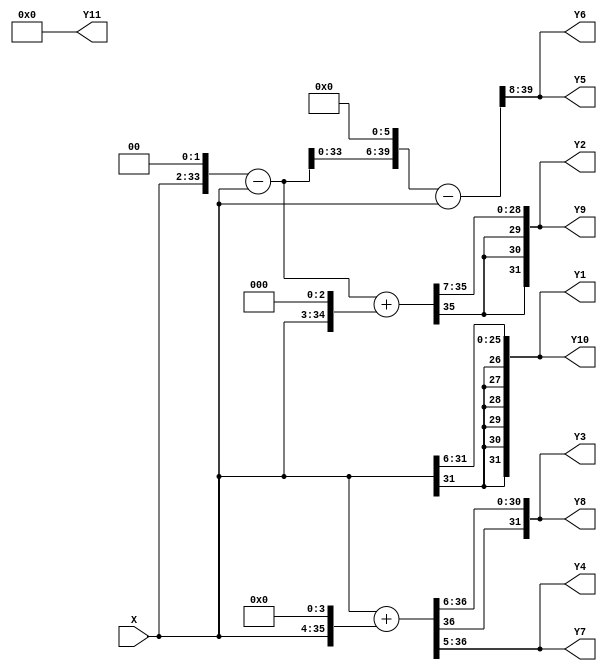
/*------------------------------------------------------------------------------
 * This code was generated by Spiral IIR Filter Generator, www.spiral.net
 * Copyright (c) 2006, Carnegie Mellon University
 * All rights reserved.
 * The code is distributed under a BSD style license
 * (see http://www.opensource.org/licenses/bsd-license.php)
 *------------------------------------------------------------------------------ */
/* ./iirGen.pl -A 256 0 378 0 179 0 32 0 2 0 0 0 -B 0 4 22 68 136 191 191 136 68 22 4 0 -moduleName IIR_filter -fractionalBits 8 -bitWidth 32 -inData inData -inReg -outReg -outData outData -clk clk -reset reset -reset_edge negedge -filterForm 1 -debug -outFile ../outputs/filter_1536036361.v */
/* Warning: zero-valued filter taps have been optimized away. */

module IIR_filter_firBlock_left_MultiplyBlock (
    X,
    Y1,
    Y2,
    Y3,
    Y4,
    Y5,
    Y6,
    Y7,
    Y8,
    Y9,
    Y10,
    Y11
);

  // Port mode declarations:
  input signed   [31:0] X;
  output signed  [31:0]
    Y1,
    Y2,
    Y3,
    Y4,
    Y5,
    Y6,
    Y7,
    Y8,
    Y9,
    Y10,
    Y11;

  wire [31:0] Y [0:10];

  assign Y1 = Y[0];
  assign Y2 = Y[1];
  assign Y3 = Y[2];
  assign Y4 = Y[3];
  assign Y5 = Y[4];
  assign Y6 = Y[5];
  assign Y7 = Y[6];
  assign Y8 = Y[7];
  assign Y9 = Y[8];
  assign Y10 = Y[9];
  assign Y11 = Y[10];

  //Multipliers:

  wire signed [39:0]
    w1,
    w0,
    w16,
    w17,
    w4,
    w3,
    w8,
    w11,
    w192,
    w191,
    w22,
    w68,
    w136;

  assign w1 = X;
  assign w0 = 0;
  assign w11 = w3 + w8; //2195.42405790882 = adderArea(3,34)
  assign w136 = w17 << 3; //shl(3,39)
  assign w16 = w1 << 4; //shl(4,35)
  assign w17 = w1 + w16; //2195.42405790882 = adderArea(4,35)
  assign w191 = w192 - w1; //2561.32791574853 = subArea(6,39)
  assign w192 = w3 << 6; //shl(6,39)
  assign w22 = w11 << 1; //shl(1,36)
  assign w3 = w4 - w1; //2408.3135227603 = subArea(2,33)
  assign w4 = w1 << 2; //shl(2,33)
  assign w68 = w17 << 2; //shl(2,38)
  assign w8 = w1 << 3; //shl(3,34)

  assign Y[0] = w4[39:8]; //BitwidthUsed(0, 25)
  assign Y[1] = w22[39:8]; //BitwidthUsed(0, 28)
  assign Y[2] = w68[39:8]; //BitwidthUsed(0, 30)
  assign Y[3] = w136[39:8]; //BitwidthUsed(0, 31)
  assign Y[4] = w191[39:8]; //BitwidthUsed(0, 31)
  assign Y[5] = w191[39:8]; //BitwidthUsed(0, 31)
  assign Y[6] = w136[39:8]; //BitwidthUsed(0, 31)
  assign Y[7] = w68[39:8]; //BitwidthUsed(0, 30)
  assign Y[8] = w22[39:8]; //BitwidthUsed(0, 28)
  assign Y[9] = w4[39:8]; //BitwidthUsed(0, 25)
  assign Y[10] = w0[39:8]; //BitwidthUsed(none)

  //IIR_filter_firBlock_left_MultiplyBlock area estimate = 9360.48955432647;
endmodule //IIR_filter_firBlock_left_MultiplyBlock




module IIR_filter_firBlock_left (
    X,
    clk,
    Y,
    reset
);

  // Port mode declarations:
  input   [31:0] X;
  input    clk;
  output  [31:0] Y;
  input    reset;

  //registerOut
  reg [31:0] Y;
  wire [31:0] Y_in;

  always@(posedge clk or negedge reset) begin
    if(~reset) begin
      Y <= 32'h00000000;
    end  else begin
      Y <= Y_in;
    end
  end

  wire [31:0] multProducts [0:10];

  IIR_filter_firBlock_left_MultiplyBlock my_IIR_filter_firBlock_left_MultiplyBlock(
    .X(X),
    .Y1(multProducts[0]),
    .Y2(multProducts[1]),
    .Y3(multProducts[2]),
    .Y4(multProducts[3]),
    .Y5(multProducts[4]),
    .Y6(multProducts[5]),
    .Y7(multProducts[6]),
    .Y8(multProducts[7]),
    .Y9(multProducts[8]),
    .Y10(multProducts[9]),
    .Y11(multProducts[10])
  );

  reg [31:0] firStep[0:9];

  always@(posedge clk or negedge reset) begin
    if(~reset) begin
      firStep[0] <= 32'h00000000;
      firStep[1] <= 32'h00000000;
      firStep[2] <= 32'h00000000;
      firStep[3] <= 32'h00000000;
      firStep[4] <= 32'h00000000;
      firStep[5] <= 32'h00000000;
      firStep[6] <= 32'h00000000;
      firStep[7] <= 32'h00000000;
      firStep[8] <= 32'h00000000;
      firStep[9] <= 32'h00000000;
    end
    else begin
      firStep[0] <=  multProducts[0]; // 2448.23046908235 = flop(0, 31)
      firStep[1] <=  firStep[0] + multProducts[1]; // 4643.65452699117 = flop(0, 31) + adder(0, 31)
      firStep[2] <=  firStep[1] + multProducts[2]; // 4643.65452699117 = flop(0, 31) + adder(0, 31)
      firStep[3] <=  firStep[2] + multProducts[3]; // 4643.65452699117 = flop(0, 31) + adder(0, 31)
      firStep[4] <=  firStep[3] + multProducts[4]; // 4643.65452699117 = flop(0, 31) + adder(0, 31)
      firStep[5] <=  firStep[4] + multProducts[5]; // 4643.65452699117 = flop(0, 31) + adder(0, 31)
      firStep[6] <=  firStep[5] + multProducts[6]; // 4643.65452699117 = flop(0, 31) + adder(0, 31)
      firStep[7] <=  firStep[6] + multProducts[7]; // 4643.65452699117 = flop(0, 31) + adder(0, 31)
      firStep[8] <=  firStep[7] + multProducts[8]; // 4643.65452699117 = flop(0, 31) + adder(0, 31)
      firStep[9] <=  firStep[8] + multProducts[9]; // 4643.65452699117 = flop(0, 31) + adder(0, 31)
    end
  end

  assign Y_in = firStep[9]+ multProducts[10];// 0 = adder(none)
  //IIR_filter_firBlock_left area estimate = 56049.8412354117;
endmodule //IIR_filter_firBlock_left



/* Warning: zero-valued filter taps have been optimized away. */

module IIR_filter_firBlock_right_MultiplyBlock (
    X,
    Y1,
    Y2,
    Y3,
    Y4,
    Y5,
    Y6,
    Y7,
    Y8
);

  // Port mode declarations:
  input signed   [31:0] X;
  output signed  [31:0]
    Y1,
    Y2,
    Y3,
    Y4,
    Y5,
    Y6,
    Y7,
    Y8;

  wire [31:0] Y [0:7];

  assign Y1 = Y[0];
  assign Y2 = Y[1];
  assign Y3 = Y[2];
  assign Y4 = Y[3];
  assign Y5 = Y[4];
  assign Y6 = Y[5];
  assign Y7 = Y[6];
  assign Y8 = Y[7];

  //Multipliers:

  wire signed [39:0]
    w1,
    w0,
    w4,
    w3,
    w192,
    w189,
    w5,
    w10,
    w179,
    w2,
    w2_,
    w32,
    w32_,
    w179_,
    w378,
    w378_;

  assign w1 = X;
  assign w0 = 0;
  assign w10 = w5 << 1; //shl(1,35)
  assign w179 = w189 - w10; //2943.86389821912 = subArea(1,39)
  assign w179_ = -1 * w179; //1809.56165059559 = negArea(0,39)
  assign w189 = w192 - w3; //2484.82071925441 = subArea(6,38)
  assign w192 = w3 << 6; //shl(6,38)
  assign w2 = w1 << 1; //shl(1,32)
  assign w2_ = -1 * w2; //1437.00483871323 = negArea(1,32)
  assign w3 = w4 - w1; //2331.80632626618 = subArea(2,32)
  assign w32 = w1 << 5; //shl(5,36)
  assign w32_ = -1 * w32; //1437.00483871323 = negArea(5,36)
  assign w378 = w189 << 1; //shl(1,39)
  assign w378_ = -1 * w378; //1762.99204911029 = negArea(1,39)
  assign w4 = w1 << 2; //shl(2,32)
  assign w5 = w1 + w4; //2195.42405790882 = adderArea(2,33)

  assign Y[0] = w2_[39:8]; //BitwidthUsed(0, 24)
  assign Y[1] = w0[39:8]; //BitwidthUsed(none)
  assign Y[2] = w32_[39:8]; //BitwidthUsed(0, 28)
  assign Y[3] = w0[39:8]; //BitwidthUsed(none)
  assign Y[4] = w179_[39:8]; //BitwidthUsed(0, 31)
  assign Y[5] = w0[39:8]; //BitwidthUsed(none)
  assign Y[6] = w378_[39:8]; //BitwidthUsed(0, 31)
  assign Y[7] = w0[39:8]; //BitwidthUsed(none)

  //IIR_filter_firBlock_right_MultiplyBlock area estimate = 16402.4783787809;
endmodule //IIR_filter_firBlock_right_MultiplyBlock




module IIR_filter_firBlock_right (
    X,
    clk,
    Y,
    reset
);

  // Port mode declarations:
  input   [31:0] X;
  input    clk;
  output  [31:0] Y;
  input    reset;

  //registerOut
  reg [31:0] Y;
  wire [31:0] Y_in;

  always@(posedge clk or negedge reset) begin
    if(~reset) begin
      Y <= 32'h00000000;
    end  else begin
      Y <= Y_in;
    end
  end

  wire [31:0] multProducts [0:7];

  IIR_filter_firBlock_right_MultiplyBlock my_IIR_filter_firBlock_right_MultiplyBlock(
    .X(X),
    .Y1(multProducts[0]),
    .Y2(multProducts[1]),
    .Y3(multProducts[2]),
    .Y4(multProducts[3]),
    .Y5(multProducts[4]),
    .Y6(multProducts[5]),
    .Y7(multProducts[6]),
    .Y8(multProducts[7])
  );

  reg [31:0] firStep[0:6];

  always@(posedge clk or negedge reset) begin
    if(~reset) begin
      firStep[0] <= 32'h00000000;
      firStep[1] <= 32'h00000000;
      firStep[2] <= 32'h00000000;
      firStep[3] <= 32'h00000000;
      firStep[4] <= 32'h00000000;
      firStep[5] <= 32'h00000000;
      firStep[6] <= 32'h00000000;
    end
    else begin
      firStep[0] <=  multProducts[0]; // 2448.23046908235 = flop(0, 31)
      firStep[1] <=  firStep[0] + multProducts[1]; // 2448.23046908235 = flop(0, 31) + adder(none)
      firStep[2] <=  firStep[1] + multProducts[2]; // 4643.65452699117 = flop(0, 31) + adder(0, 31)
      firStep[3] <=  firStep[2] + multProducts[3]; // 2448.23046908235 = flop(0, 31) + adder(none)
      firStep[4] <=  firStep[3] + multProducts[4]; // 4643.65452699117 = flop(0, 31) + adder(0, 31)
      firStep[5] <=  firStep[4] + multProducts[5]; // 2448.23046908235 = flop(0, 31) + adder(none)
      firStep[6] <=  firStep[5] + multProducts[6]; // 4643.65452699117 = flop(0, 31) + adder(0, 31)
    end
  end

  assign Y_in = firStep[6]+ multProducts[7];// 0 = adder(none)
  //IIR_filter_firBlock_right area estimate = 42574.5943051662;
endmodule //IIR_filter_firBlock_right




module IIR_filter (
    inData,
    clk,
    outData,
    reset
);

  // Port mode declarations:
  input   [31:0] inData;
  input    clk;
  output  [31:0] outData;
  input    reset;

  //registerIn
  reg [31:0] inData_in;

  always@(posedge clk or negedge reset) begin
    if(~reset) begin
      inData_in <= 32'h00000000;
    end  else begin
      inData_in <= inData;
    end
  end

  //registerOut
  reg [31:0] outData;
  wire [31:0] outData_in;

  always@(posedge clk or negedge reset) begin
    if(~reset) begin
      outData <= 32'h00000000;
    end  else begin
      outData <= outData_in;
    end
  end

  wire [31:0] leftOut, rightOut;

  IIR_filter_firBlock_left my_IIR_filter_firBlock_left(
    .X(inData_in),
    .Y(leftOut),
    .clk(clk),
    .reset(reset)
);

  IIR_filter_firBlock_right my_IIR_filter_firBlock_right(
    .X(outData_in),
    .Y(rightOut),
    .clk(clk),
    .reset(reset)
);

  assign outData_in = leftOut + rightOut; // adder(32)

  //IIR_filter area estimate = 105716.320536651;
endmodule //IIR_filter